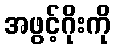
အဖွင့်ဂိုးကို